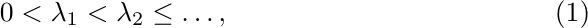
\begin{align}\label{order}
0<\lambda_{1}<\lambda_{2}\le\dots,
\end{align}